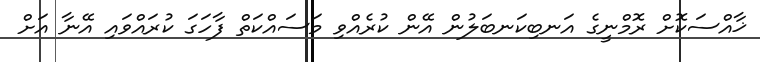
ޚާއްސަކޮށް ރޮމްނީގެ އަނބިކަނބަލުން އޭން ކުރެއްވި މަސައްކަތް ފާހަގަ ކުރައްވައި އޭނާ އަށް